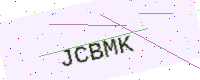
Text: JCBMK